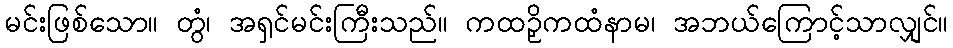
မင်းဖြစ်သော။ တွံ၊ အရှင်မင်းကြီးသည်။ ကထဉှိကထံနာမ၊ အဘယ်ကြောင့်သာလျှင်။